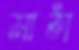
মাঠা